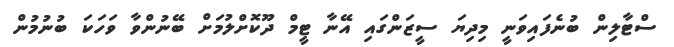
ސްޓާލިން ބުނެފައިވަނީ މިދިޔަ ސީޒަންގައި އޭނާ ޓީމް ދޫކޮށްލުމަށް ބޭނުންވާ ވަހަކަ ބުނުމުން